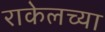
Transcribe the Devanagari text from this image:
राकेलच्या